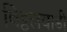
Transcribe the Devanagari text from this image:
विट्ठलवाडी